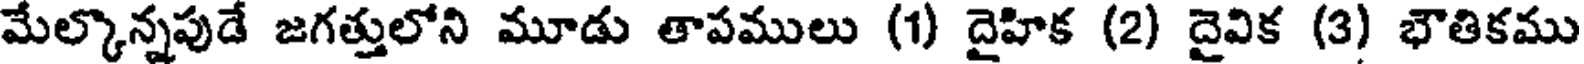
మేల్కొన్నపుడే జగత్తులోని మూడు తాపములు (1) దైహిక (2) దైవిక (3) భౌతికము